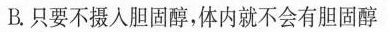
B.只要不摄入胆固醇，体内就不会有胆固醇